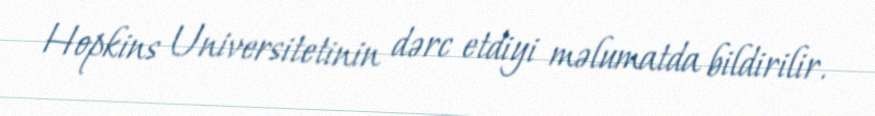
Hopkins Universitetinin dərc etdiyi məlumatda bildirilir.